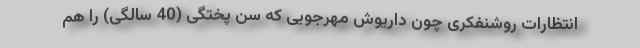
انتظارات روشنفکری چون داریوش مهرجویی که سن پختگی (40 سالگی) را هم